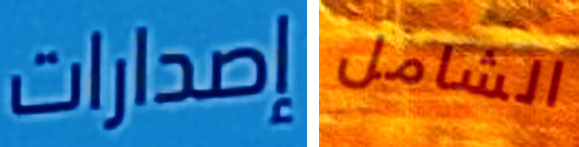
إصدارات الشامل